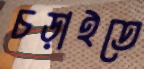
চড়াইতে